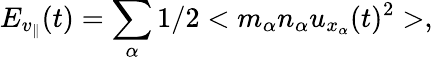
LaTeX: E_{v_{\parallel}}(t)=\sum_{\alpha}1/2<m_{\alpha}n_{\alpha}u_{x_{\alpha}}(t)^{2}>,